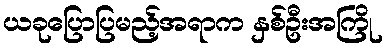
ယခုပြောပြမည့်အရာက နှစ်ဦးအကြို